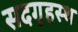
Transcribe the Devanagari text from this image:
सदगृहस्थ